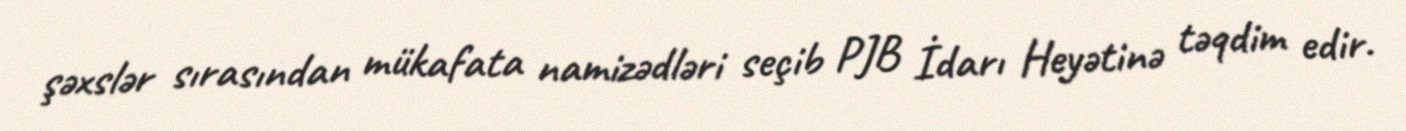
şəxslər sırasından mükafata namizədləri seçib PJB İdarı Heyətinə təqdim edir.